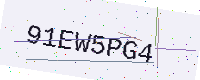
Text: 91EW5PG4